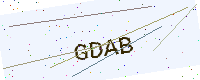
Text: GDAB